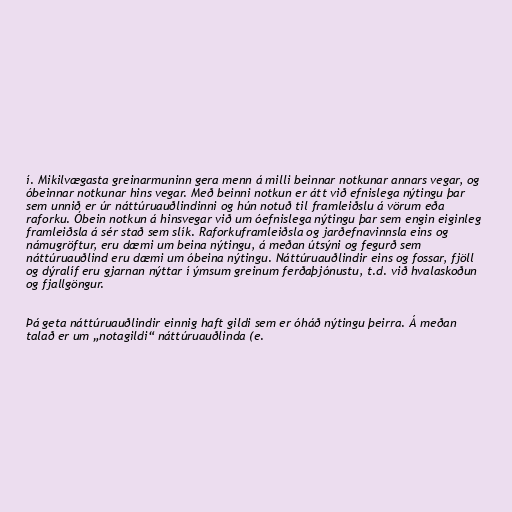
í. Mikilvægasta greinarmuninn gera menn á milli beinnar notkunar annars vegar, og
óbeinnar notkunar hins vegar. Með beinni notkun er átt við efnislega nýtingu þar
sem unnið er úr náttúruauðlindinni og hún notuð til framleiðslu á vörum eða
raforku. Óbein notkun á hinsvegar við um óefnislega nýtingu þar sem engin eiginleg
framleiðsla á sér stað sem slík. Raforkuframleiðsla og jarðefnavinnsla eins og
námugröftur, eru dæmi um beina nýtingu, á meðan útsýni og fegurð sem
náttúruauðlind eru dæmi um óbeina nýtingu. Náttúruauðlindir eins og fossar, fjöll
og dýralíf eru gjarnan nýttar í ýmsum greinum ferðaþjónustu, t.d. við hvalaskoðun
og fjallgöngur.

Þá geta náttúruauðlindir einnig haft gildi sem er óháð nýtingu þeirra. Á meðan
talað er um „notagildi“ náttúruauðlinda (e.